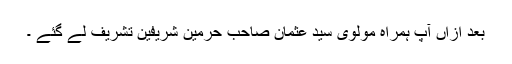
بعد ازاں آپ ہمراہ مولوی سید عثمان صاحبؒ حرمین شریفین تشریف لے گئے ۔